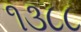
૧૩૮૮